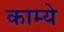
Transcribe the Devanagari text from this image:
काम्ये